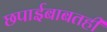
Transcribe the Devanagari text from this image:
छपाईबाबतही